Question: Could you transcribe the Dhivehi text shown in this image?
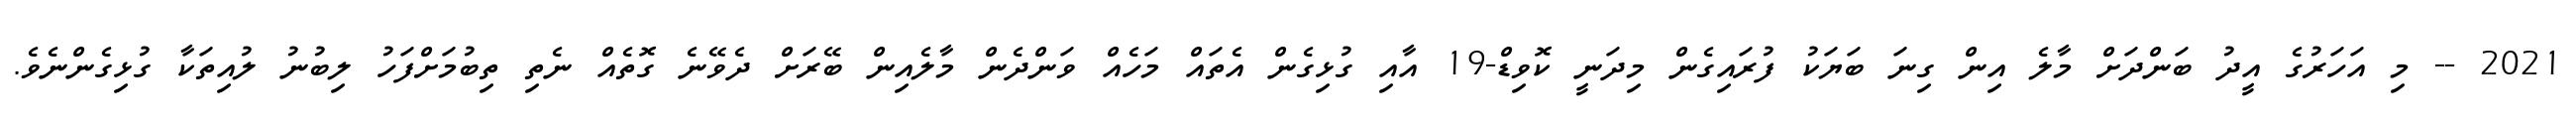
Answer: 2021 -- މި އަހަރުގެ އީދު ބަންދަށް މާލެ އިން ގިނަ ބަޔަކު ފުރައިގެން މިދަނީ ކޮވިޑް-19 އާއި ގުޅިގެން އެތައް މަހެއް ވަންދެން މާލެއިން ބޭރަށް ދެވޭނެ ގޮތެއް ނެތި ތިބުމަށްފަހު ލިބުނު ލުއިތަކާ ގުޅިގެންނެވެ.